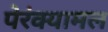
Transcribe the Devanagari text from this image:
पेरंक्यामल